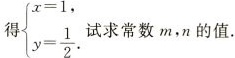
得$$\left\ { \begin {array} {l}